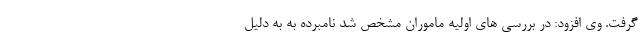
گرفت. وی افزود: در بررسی های اولیه ماموران مشخص شد نامبرده به به دلیل